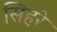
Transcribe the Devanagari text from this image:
सिहरे